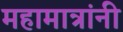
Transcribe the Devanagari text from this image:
महामात्रांनी